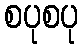
စပုစပု